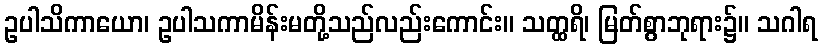
ဥပါသိကာယော၊ ဥပါသကာမိန်းမတို့သည်လည်းကောင်း။ သတ္ထရိ၊ မြတ်စွာဘုရား၌။ သဂါရ